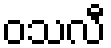
ဝသလီ